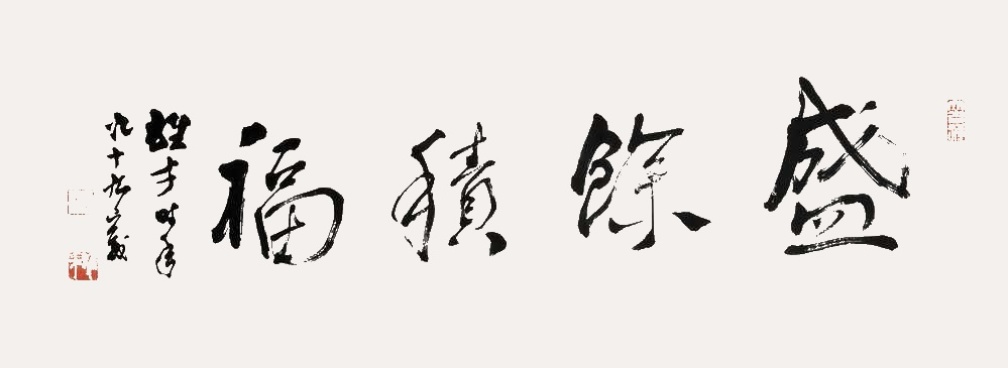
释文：盛余积福雄才时年九十所写。